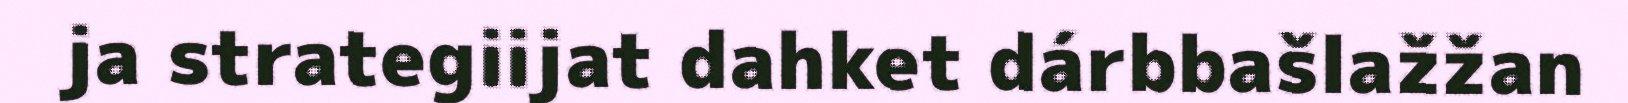
ja strategiijat dahket dárbbašlažžan